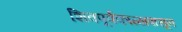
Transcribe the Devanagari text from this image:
शिवपूर्वकाळापासून